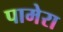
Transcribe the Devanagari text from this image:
पामेरा